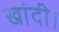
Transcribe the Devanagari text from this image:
खांदी।